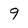
Character: 9